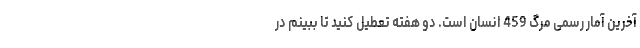
آخرین آمار رسمی مرگ 459 انسان است. دو هفته تعطیل کنید تا ببینم در